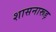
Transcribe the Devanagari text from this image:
शासनारूड़